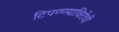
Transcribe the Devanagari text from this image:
टिपण्ण्याविरोधी